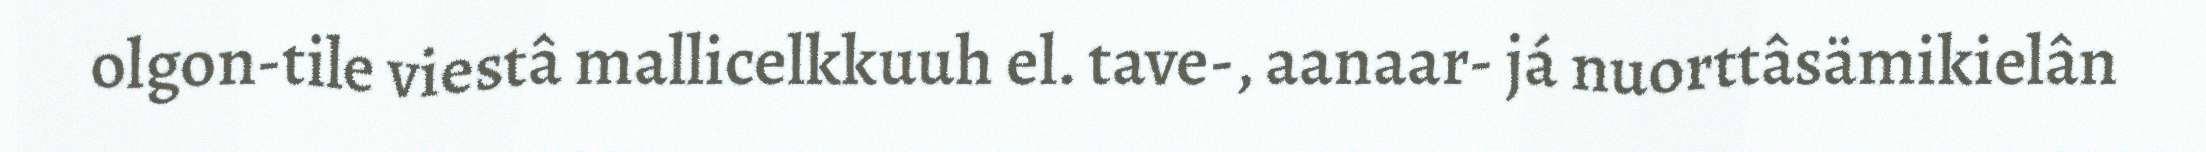
olgon-tile viestâ mallicelkkuuh el. tave-, aanaar- já nuorttâsämikielân